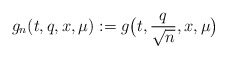
\begin{align*}g_n(t,q, x,\mu):= g\big(t, \frac{q}{\sqrt{n}}, x, \mu\big)\end{align*}